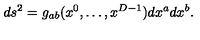
d s ^ { 2 } = g _ { a b } ( x ^ { 0 } , \ldots , x ^ { D - 1 } ) d x ^ { a } d x ^ { b } .